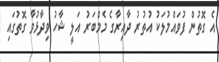
އެ ގޮތުން ފުވައްމުލަކު އުތުރު ދާއިރާގެ މެމްބަރު އަލީ ޝާހު ވިދާޅުވާ ގޮތުގައި